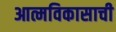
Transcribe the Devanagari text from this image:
आत्मविकासाची